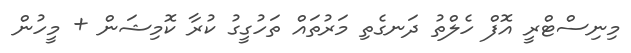
މިނިސްޓްރީ އޮފް ހެލްތު ދަނގެތި މަރުތައް ތަހުގީގު ކުރާ ކޮމިޝަން + މީހުން